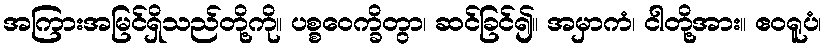
အကြားအမြင်ရှိသည်တို့ကို။ ပစ္စဝေက္ခိတွာ၊ ဆင်ခြင်၍။ အမှာကံ၊ ငါတို့အား။ ဧဝရူပံ၊